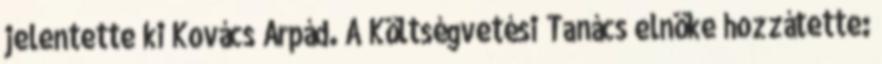
jelentette ki Kovács Árpád. A Költségvetési Tanács elnöke hozzátette: